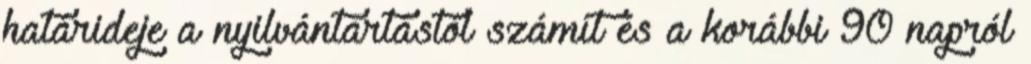
határideje a nyilvántartástól számít és a korábbi 90 napról